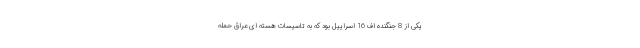
یکی از 8 جنگنده اف 16 اسراییل بود که به تاسیسات هسته ای عراق حمله